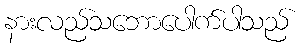
နားလည်သဘောပေါက်ပါသည်